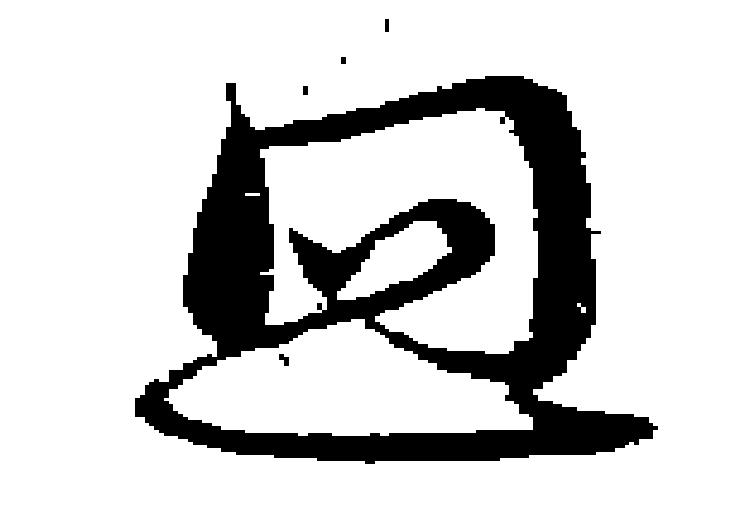
迴